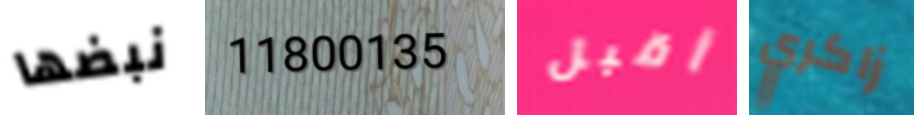
نبضها 11800135 أقبل زاكري